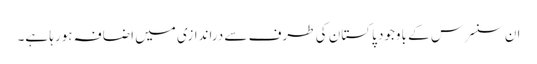
ان سنسرس کے باوجود پاکستان کی طرف سے دراندازی میں اضافہ ہورہا ہے۔